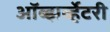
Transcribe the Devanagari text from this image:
ऑब्झर्व्हेटरी